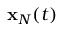
{ \bf x } _ { N } ( t )